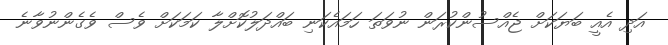
އަދި އެއީ ބަޔަކަށް ޖެއްސުންކުރަން ނުވަތަ ހަމައެކަނި ބައްދަލުކޮށްލާ ކަމަކަށް ވެސް ވެގެންނުވާނެ